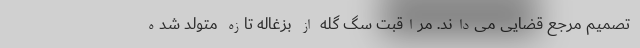
تصمیم مرجع قضایی می‌داند. مراقبت سگ گله از بزغاله تازه متولد شده